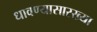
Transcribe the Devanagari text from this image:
धावण्यासारख्या